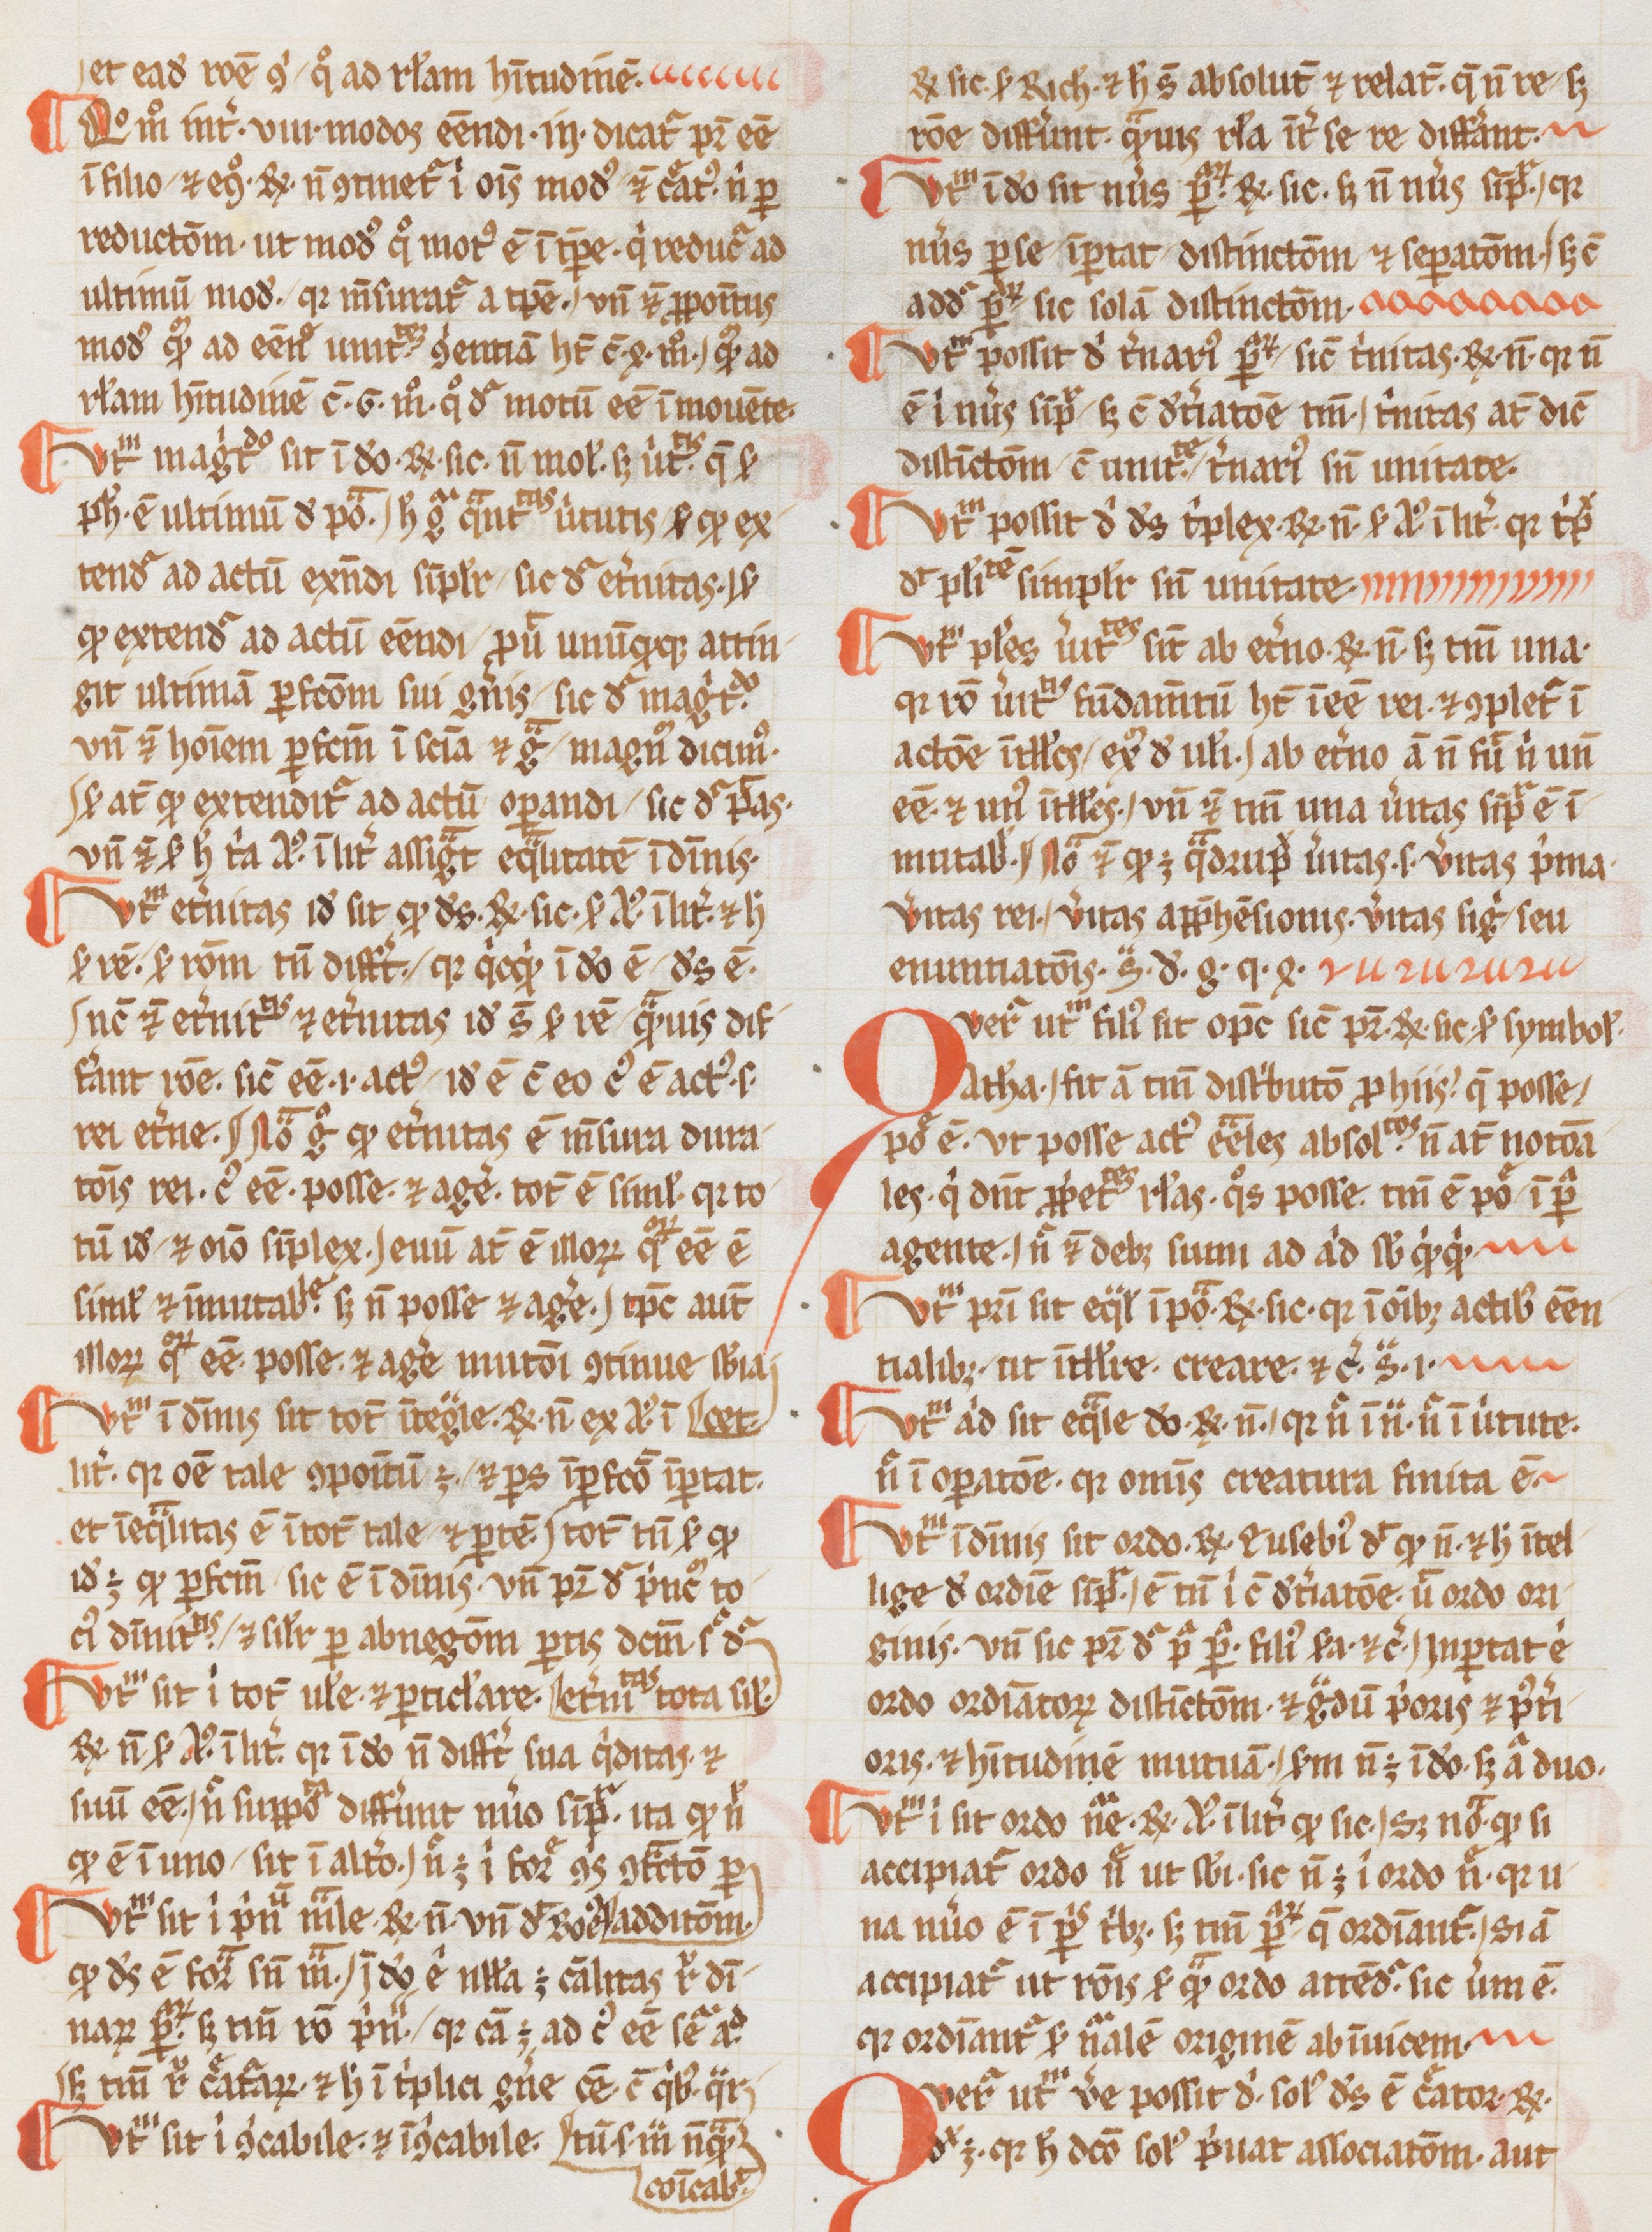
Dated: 1265–1285